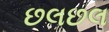
છલછલ